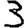
Digit: 3